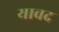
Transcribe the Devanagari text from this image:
यावद